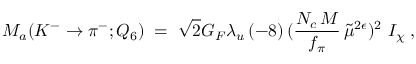
{ \cal { M } } _ { a } ( K ^ { - } \rightarrow \pi ^ { - } ; Q _ { 6 } ) \; = \; \sqrt { 2 } G _ { F } \lambda _ { u } \, ( - 8 ) \, ( \frac { N _ { c } \, M } { f _ { \pi } } \, \tilde { \mu } ^ { 2 \epsilon } ) ^ { 2 } \, \, I _ { \chi } \; ,